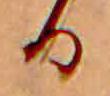
る